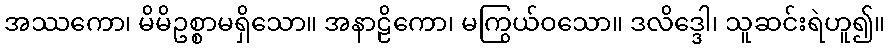
အဿကော၊ မိမိဥစ္စာမရှိသော။ အနာဠိကော၊ မကြွယ်ဝသော။ ဒလိဒ္ဒေါ၊ သူဆင်းရဲဟူ၍။